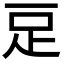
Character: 𧾸